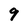
Character: 9